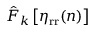
\hat { F } _ { k } \left[ \eta _ { \mathrm { r r } } ( n ) \right]